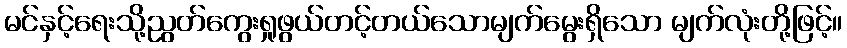
မင်နှင့်ရေးသို့ညွတ်ကွေးရှုဖွယ်တင့်တယ်သောမျက်မွေးရှိသော မျက်လုံးတို့ဖြင့်။